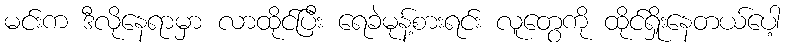
မင်းက ဒီလိုနေရာမှာ လာထိုင်ပြီး ရေခဲမုန့်စားရင်း လူတွေကို ထိုင်ရှိုးနေတယ်ပေါ့